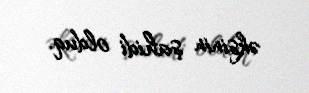
əksinin şahidi olduq.